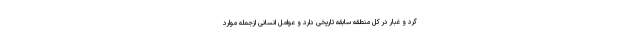
گرد و غبار در کل منطقه سابقه تاریخی دارد و عوامل انسانی ازجمله موارد